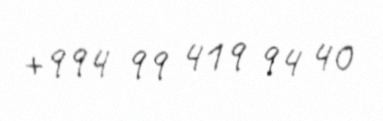
+994 99 419 94 40